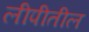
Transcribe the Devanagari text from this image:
लीपीतील